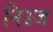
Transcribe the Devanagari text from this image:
निउज